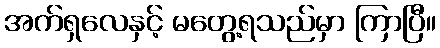
အက်ရှလေနှင့် မတွေ့ရသည်မှာ ကြာပြီ။